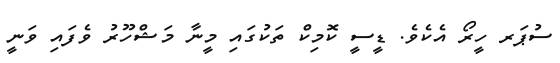
ސުޕަރ ހީރޯ އެކެވެ. ޑީސީ ކޮމިކް ތަކުގައި މީނާ މަޝްހޫރު ވެފައި ވަނީ